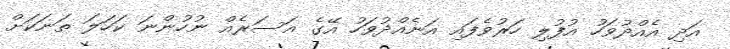
އަދި އެއްދުވަހު އުފުލި ހަރުވެފައި އަނެއްދުވަހު އޭގެ އަސަރެއް ނުހުންނަ ކަހަލަ ތަނަކަށް